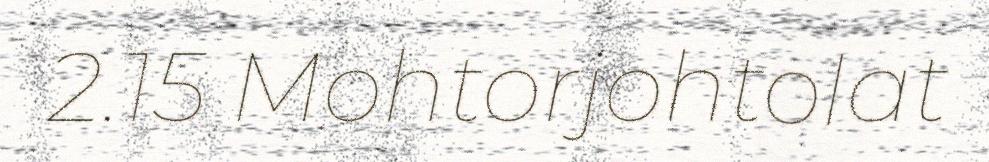
2.15 Mohtorjohtolat